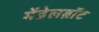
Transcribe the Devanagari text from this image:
मेंडेलब्रॉट